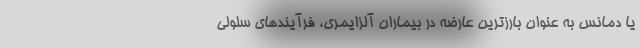
یا دمانس به عنوان بارزترین عارضه در بیماران آلزایمری، فرآیندهای سلولی